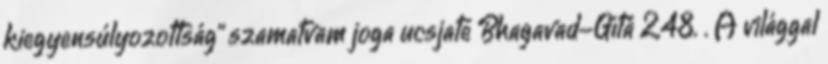
kiegyensúlyozottság" szamatvam joga ucsjate Bhagavad-Gítá 2,48. . A világgal